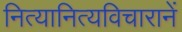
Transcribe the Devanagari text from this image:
नित्यानित्यविचारानें